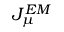
J _ { \mu } ^ { E M }